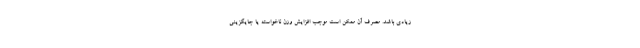
زیادی باشد. مصرف آن ممکن است موجب افزایش وزن ناخواسته یا جایگزینی